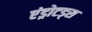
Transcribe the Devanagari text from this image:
एंड्रोटड्स